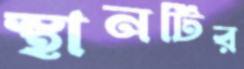
স্থানটির